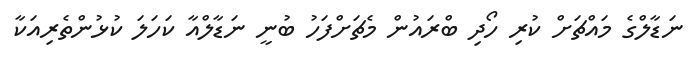
ނަޑާލްގެ މައްޗަށް ކުރި ހޯދި ބްރައުން މެޗަށްފަހު ބުނީ ނަޑާލްއާ ކަހަލަ ކުޅުންތެރިއަކާ